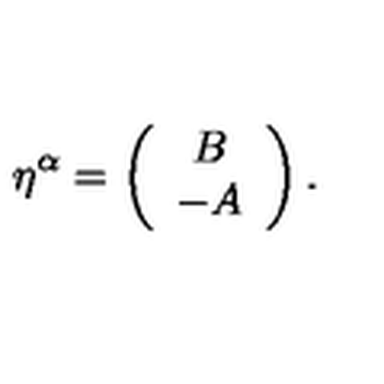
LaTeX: \eta ^ { \alpha } = \left( \begin{array} { c } { B } \\ { - A } \\ \end{array} \right) .